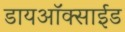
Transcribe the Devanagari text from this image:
डायअाॅक्साईड